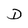
Character: D